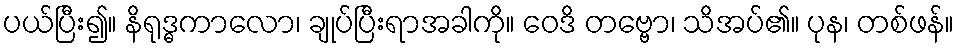
ပယ်ပြီး၍။ နိရုဒ္ဓကာလော၊ ချုပ်ပြီးရာအခါကို။ ဝေဒိ တဗ္ဗော၊ သိအပ်၏။ ပုန၊ တစ်ဖန်။